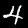
Digit: 4